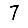
Digit: 7